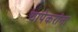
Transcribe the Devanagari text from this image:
चापेकरांना